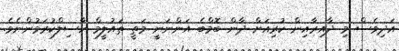
އަދިވެސް މި ދާއިރާއިން ކުރިއަށް ދާން ބޮމްބެ އަންނަނީ މަތީ ތައުލީމް ހާސިލްކުރަމުންނެވެ.